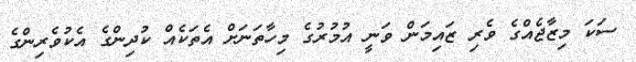
ސަކަ މިޒާޖެއްގެ ވެރި ޒައިމަން ވަނީ އުމުރުގެ މިހާތަނަށް އެތަކެއް ކުދިންގެ އެކުވެރިންގެ